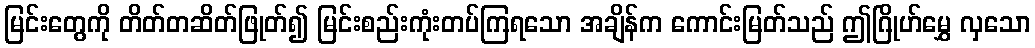
မြင်းတွေကို တိတ်တဆိတ်ဖြုတ်၍ မြင်းစည်းကုံးတပ်ကြရသော အချိန်က ကောင်းမြတ်သည် ဤဂြိုဟ်မွှေ လှသော